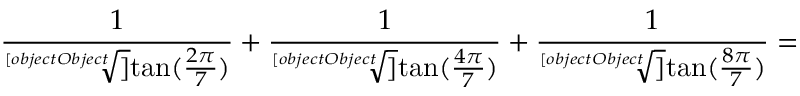
{ \frac { 1 } { \sqrt [ [object Object] ] { \tan ( { \frac { 2 \pi } { 7 } } ) } } } + { \frac { 1 } { \sqrt [ [object Object] ] { \tan ( { \frac { 4 \pi } { 7 } } ) } } } + { \frac { 1 } { \sqrt [ [object Object] ] { \tan ( { \frac { 8 \pi } { 7 } } ) } } } =